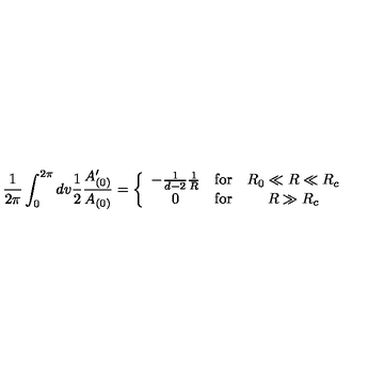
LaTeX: \frac { 1 } { 2 \pi } \int _ { 0 } ^ { 2 \pi } d v \frac { 1 } { 2 } \frac { A _ { ( 0 ) } ^ { \prime } } { A _ { ( 0 ) } } = \left\{ \begin{array} { c c c } { - \frac { 1 } { d - 2 } \frac { 1 } { R } } & { \mathrm { f o r } } & { R _ { 0 } \ll R \ll R _ { c } } \\ { 0 } & { \mathrm { f o r } } & { R \gg R _ { c } } \\ \end{array} \right.